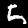
Label: 5